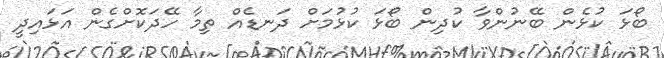
ބޯޅަ ކުޅެން ބޭނުންވާ ކުދިން ބޯޅަ ކުޅުމަށް ދަނޑެއް ތިމާ ހޭދަކޮށްގެން އަޅައިދީ